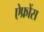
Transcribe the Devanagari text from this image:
ऐफ्रोंस